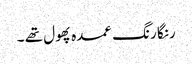
رنگا رنگ عمدہ پھول تھے ۔